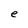
Character: e